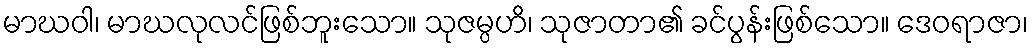
မာဃဝါ၊ မာဃလုလင်ဖြစ်ဘူးသော။ သုဇမ္ပဟိ၊ သုဇာတာ၏ ခင်ပွန်းဖြစ်သော။ ဒေဝရာဇာ၊